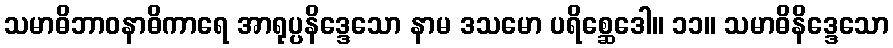
သမာဓိဘာဝနာဓိကာရေ အာရုပ္ပနိဒ္ဒေသော နာမ ဒသမော ပရိစ္ဆေဒေါ။ ၁၁။ သမာဓိနိဒ္ဒေသော